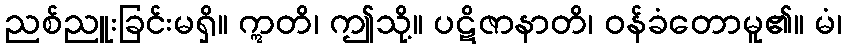
ညစ်ညူးခြင်းမရှိ။ ဣတိ၊ ဤသို့။ ပဋိဇာနာတိ၊ ဝန်ခံတောမူ၏။ မံ၊